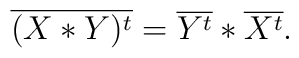
\overline{(X*Y)^t}=\overline{Y^t} * \overline{X^t} .